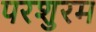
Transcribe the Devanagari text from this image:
परशुरम